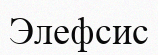
Элефсис